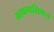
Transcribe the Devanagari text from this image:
भाषणाशिवाय